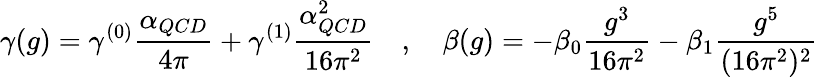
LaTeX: \gamma(g)=\gamma^{(0)}\frac{\alpha_{QCD}}{4\pi}+\gamma^{(1)}\frac{\alpha_{QCD}^{2}}{16\pi^{2}}\quad,\quad\beta(g)=-\beta_{0}\frac{g^{3}}{16\pi^{2}}-\beta_{1}\frac{g^{5}}{(16\pi^{2})^{2}}